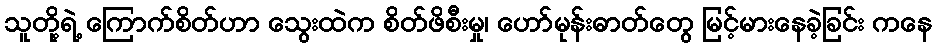
သူတို့ရဲ့ ကြောက်စိတ်ဟာ သွေးထဲက စိတ်ဖိစီးမှု၊ ဟော်မုန်းဓာတ်တွေ မြင့်မားနေခဲ့ခြင်း ကနေ